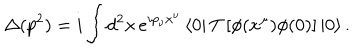
\Delta ( p ^ { 2 } ) = i \int d ^ { 2 } x \, e ^ { i p _ { \nu } x ^ { \nu } } \left\langle 0 \right| T \left[ \phi ( x ^ { \mu } ) \phi ( 0 ) \right] \left| 0 \right\rangle .